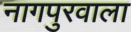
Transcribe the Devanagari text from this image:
नागपुरवाला